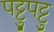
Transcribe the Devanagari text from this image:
पट्टुपट्टु